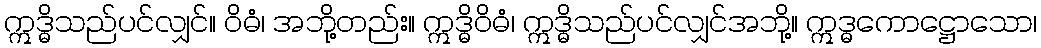
ဣဒ္ဓိသည်ပင်လျှင်။ ဝိဓံ၊ အဘို့တည်း။ ဣဒ္ဓိဝိဓံ၊ ဣဒ္ဓိသည်ပင်လျှင်အဘို့။ ဣဒ္ဓကောဋ္ဌောသော၊